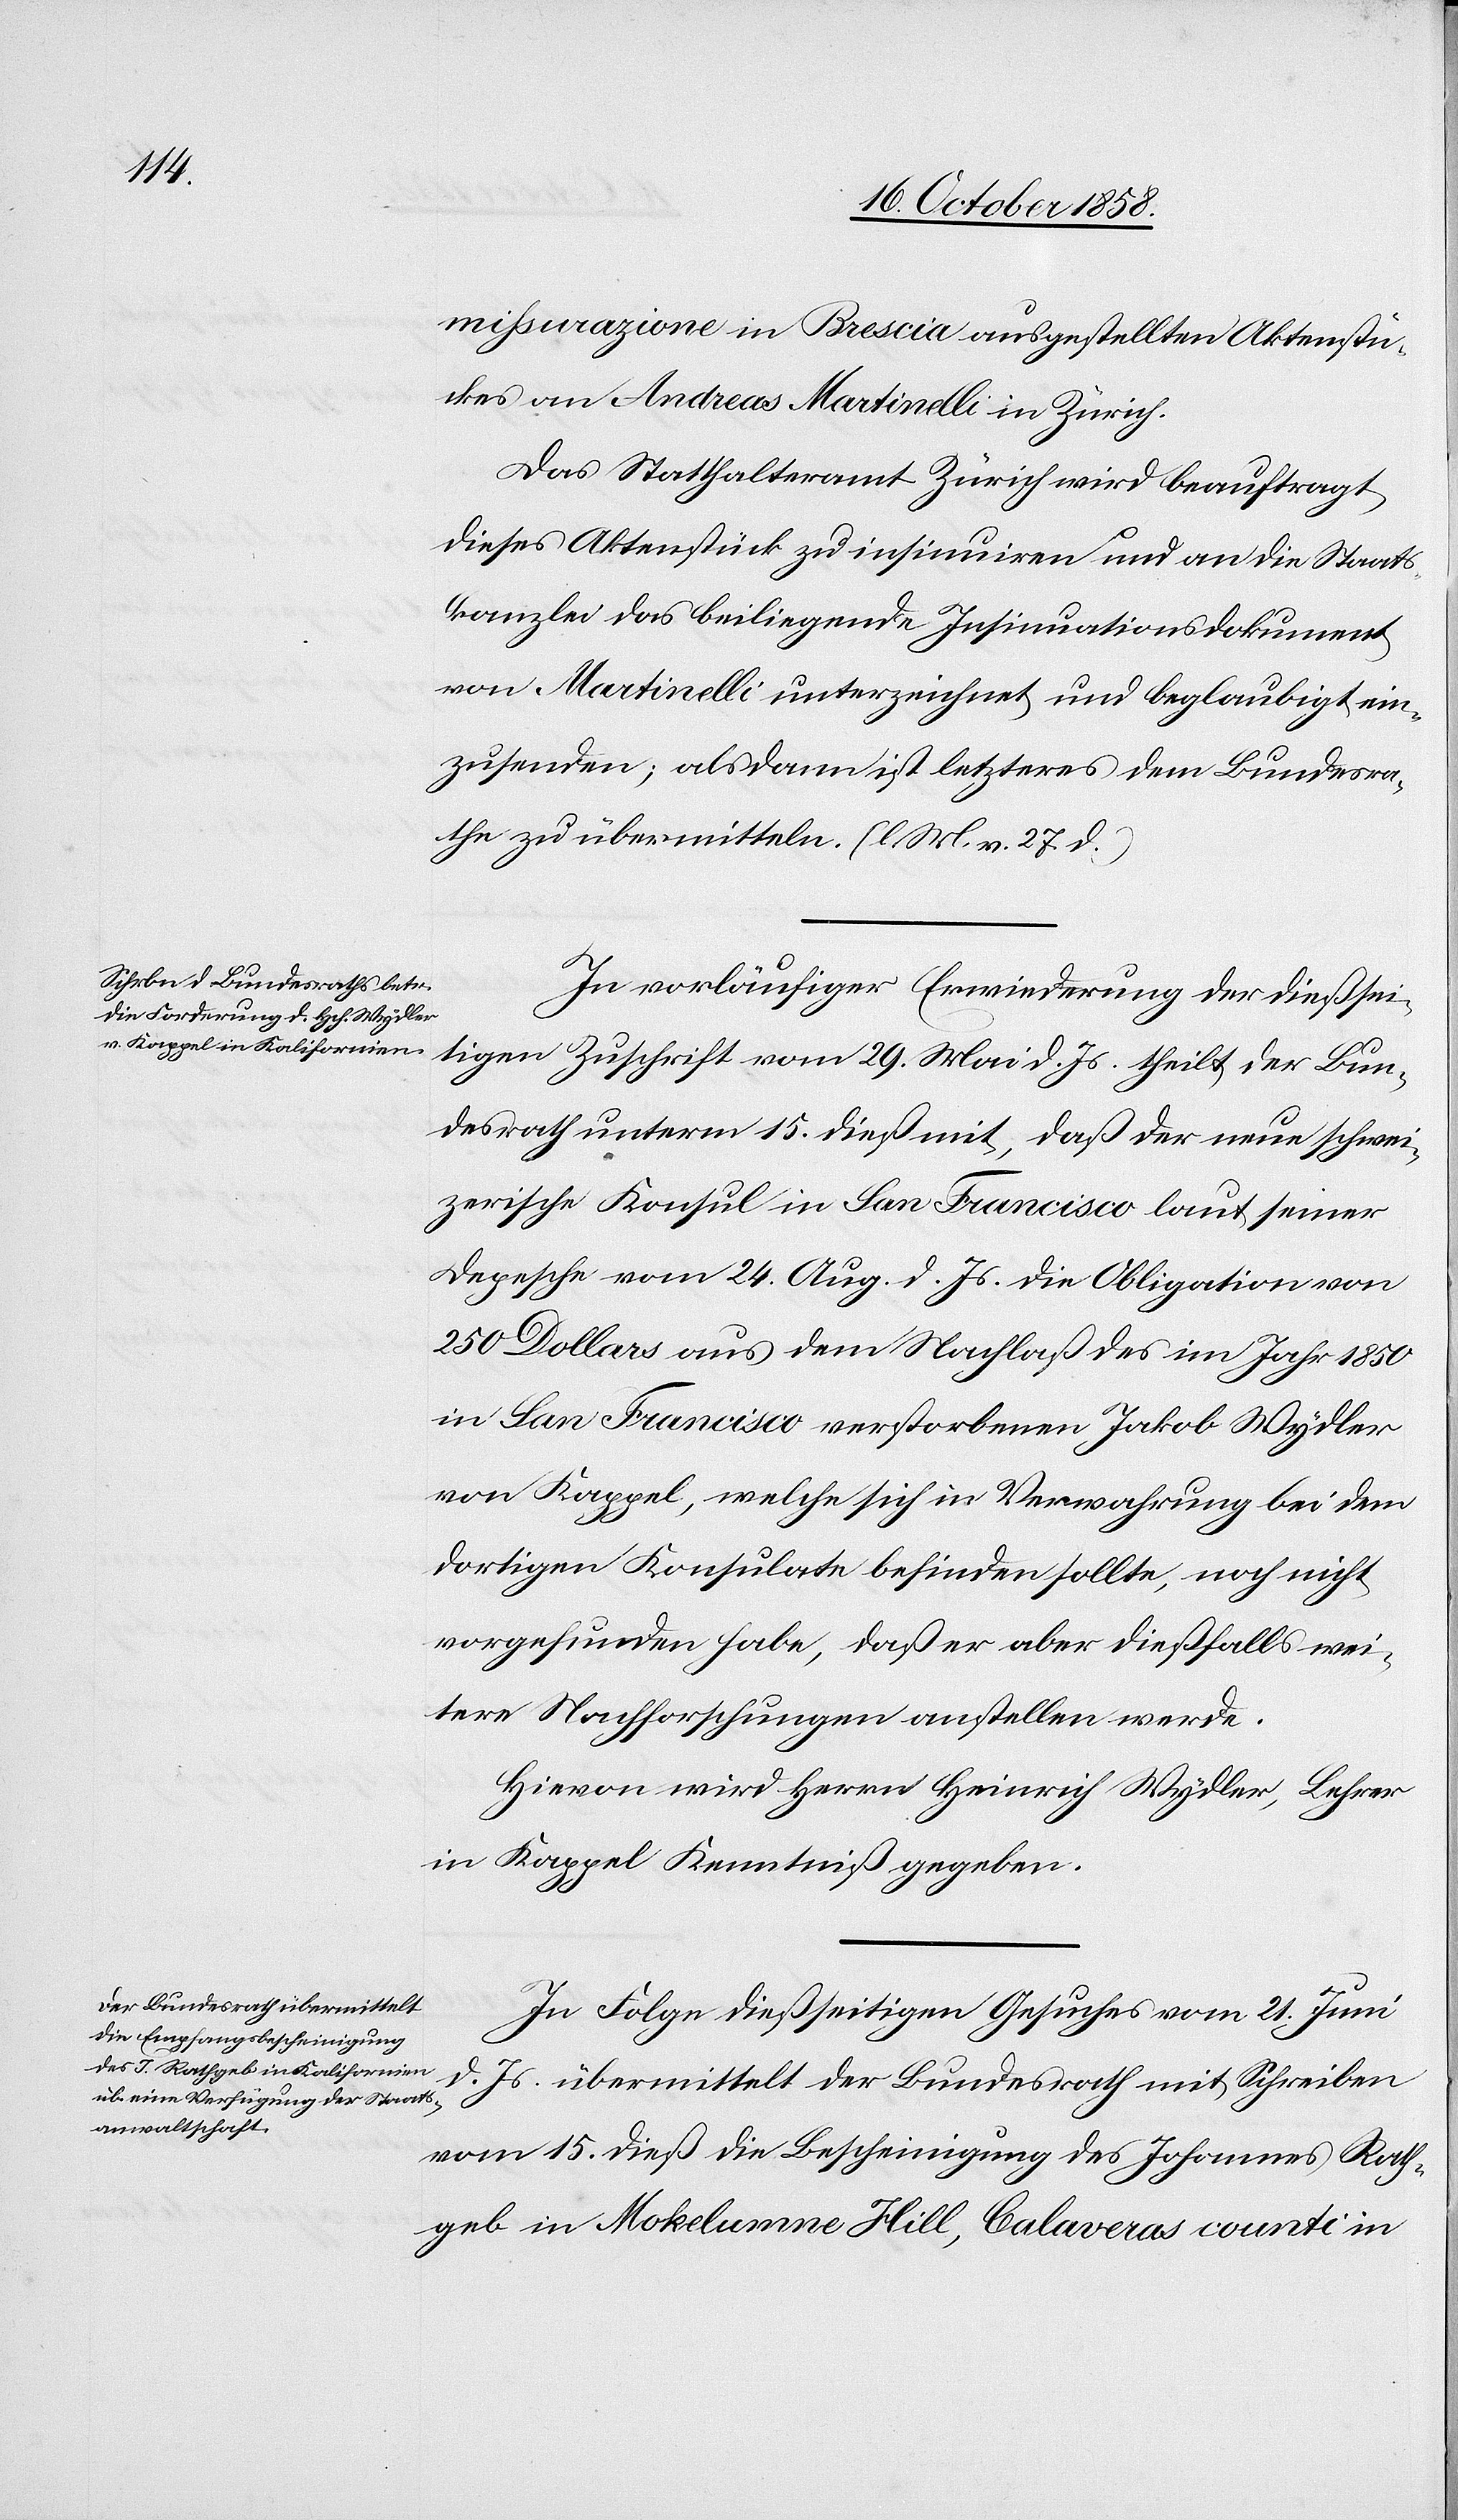
20. October 1858.]
missurazione in Brescia ausgestellten Aktenstü¬
ckes an Andreas Martinelli in Zürich.
Das Statthalteramt Zürich wird beauftragt,
dieses Aktenstück zu insinuiren und an die Staats¬
kanzlei das beiliegende Insinuationsdokument
von Martinelli unterzeichnet und beglaubigt ein¬
zusenden; alsdann ist letzteres dem Bundesra¬
the zu übermitteln. (l. M. v. 27. d.)
In vorläufiger Erwiederung der dießsei¬
tigen Zuschrift vom 29. Mai d. Js. theilt der Bun¬
desrath unterm 15. dieß mit, daß der neue schwei¬
zerische Konsul in San Francisco laut seiner
Depesche vom 24. Aug. d. Js. die Obligation von
250 Dollars aus dem Nachlaß des im Jahr 1850
in San Francisco verstorbenen Jakob Wydler
von Kappel, welche sich in Verwahrung bei dem
dortigen Konsulate befinden sollte, noch nicht
vorgefunden habe, daß er aber dießfalls wei¬
tere Nachforschungen anstellen werde.
Hievon wird Herrn Heinrich Wydler, Lehrer
in Kappel Kenntniß gegeben.
In Folge dießseitigen Gesuches vom 21. Juni
d. Js. übermittelt der Bundesrath mit Schreiben
vom 15. dieß die Bescheinigung des Johannes Rath¬
geb in Mokelumne Hill, Calaveras counti in

den